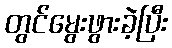
တွင်မွေးဖွားခဲ့ပြီး